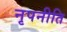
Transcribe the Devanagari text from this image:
नृपनीति